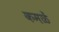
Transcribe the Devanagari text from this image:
कमळें